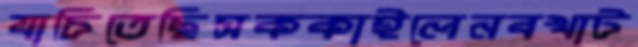
যাচিতেছিসককাইলেনবখাট